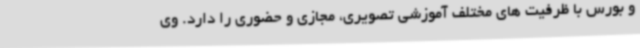
و بورس با ظرفیت های مختلف آموزشی تصویری، مجازی و حضوری را دارد. وی